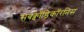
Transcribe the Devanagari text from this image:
सबक्वॉड्रिकॉरनिस